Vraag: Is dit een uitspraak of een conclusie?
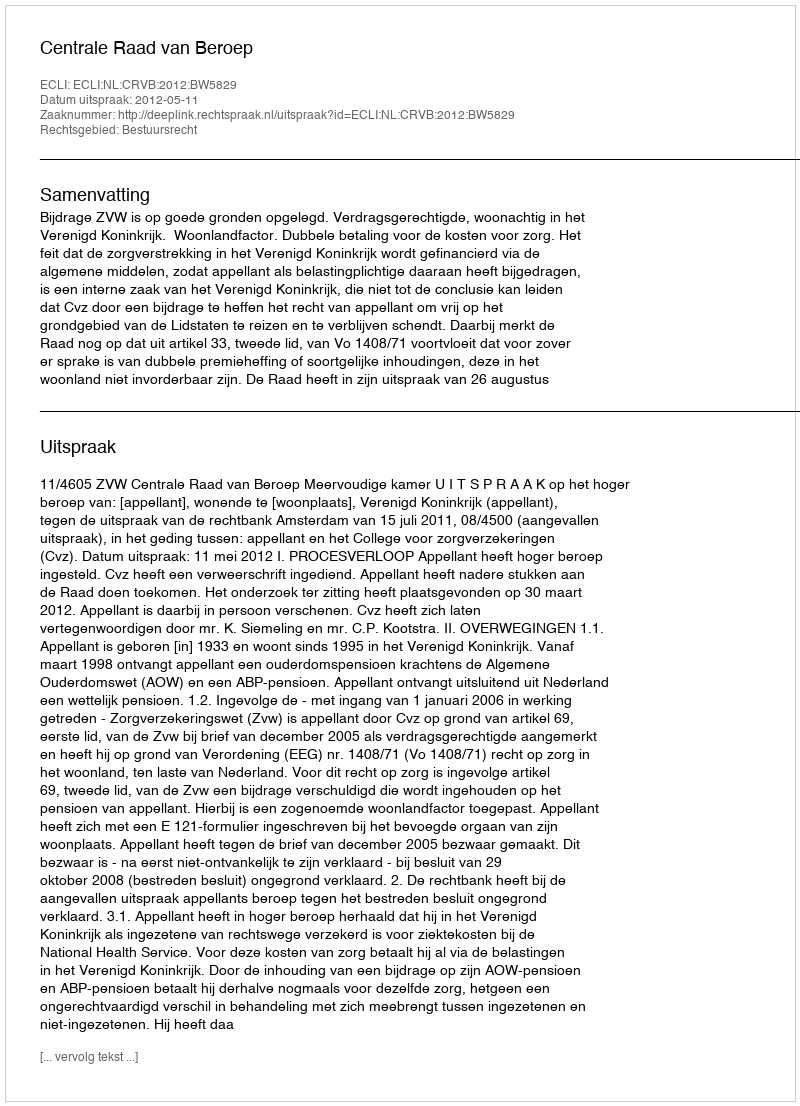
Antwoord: Uitspraak